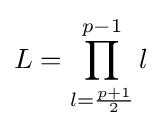
L=\prod _{l={\frac {p+1}{2}}}^{p-1}l